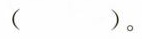
()。